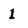
Character: l